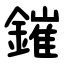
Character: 鏙